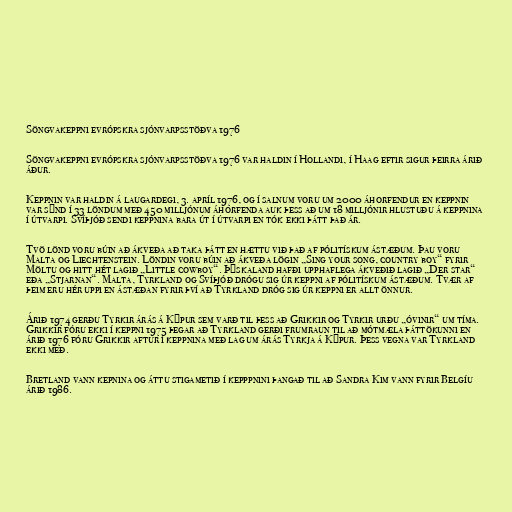
Söngvakeppni evrópskra sjónvarpsstöðva 1976

Söngvakeppni evrópskra sjónvarpsstöðva 1976 var haldin í Hollandi, í Haag eftir sigur þeirra árið
áður.

Keppnin var haldin á laugardegi, 3. apríl 1976, og í salnum voru um 2000 áhorfendur en keppnin
var sýnd í 33 löndum með 450 milljónum áhorfenda auk þess að um 18 milljónir hlustuðu á keppnina
í útvarpi. Svíþjóð sendi keppnina bara út í útvarpi en tók ekki þátt það ár.

Tvö lönd voru búin að ákveða að taka þátt en hættu við það af pólitískum ástæðum. Þau voru
Malta og Liechtenstein. Löndin voru búin að ákveða lögin „Sing your song, country boy“ fyrir
Möltu og hitt hét lagið „Little cowboy“. Þýskaland hafði upphaflega ákveðið lagið „Der star“
eða „Stjarnan“. Malta, Tyrkland og Svíþjóð drógu sig úr keppni af pólitískum ástæðum. Tvær af
þeim eru hér uppi en ástæðan fyrir því að Tyrkland dróg sig úr keppni er allt önnur.

Árið 1974 gerðu Tyrkir árás á Kýpur sem varð til þess að Grikkir og Tyrkir urðu „óvinir“ um tíma.
Grikkir fóru ekki í keppni 1975 þegar að Tyrkland gerði frumraun til að mótmæla þáttökunni en
árið 1976 fóru Grikkir aftur í keppnina með lag um árás Tyrkja á Kýpur. Þess vegna var Tyrkland
ekki með.

Bretland vann kepnina og áttu stigametið í kepppnini þangað til að Sandra Kim vann fyrir Belgíu
árið 1986.